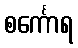
စင်္ကောရ